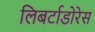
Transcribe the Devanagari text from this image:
लिबर्टाडोरेस